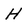
Character: H